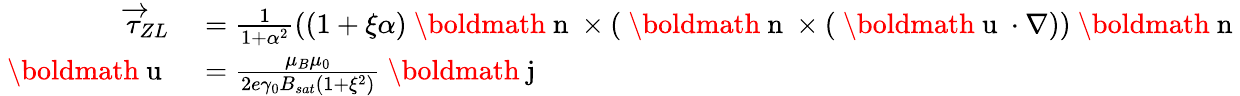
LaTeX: \begin{array}{rl}{\overrightarrow{\tau}_{ZL}}&{{}=\frac{1}{1+\alpha^{2}}\left(\left(1+\xi\alpha\right)\mathrm{~\boldmath~n~}\times\left(\mathrm{~\boldmath~n~}\times\left(\mathrm{~\boldmath~u~}\cdot\nabla\right)\right)\mathrm{~\boldmath~n~}\right.}\\ {\mathrm{~\boldmath~u~}}&{{}=\frac{\mu_{B}\mu_{0}}{2e\gamma_{0}B_{sat}\left(1+\xi^{2}\right)}\mathrm{~\boldmath~j~}}\end{array}